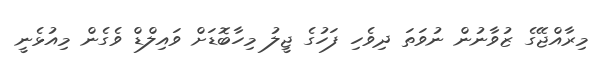
މިރާއްޖޭގެ ޒުވާނުން ނުވަތަ ދިވެހި ފަހުގެ ޖީލު މިހާބޮޑަށް ވައިލްޑް ވެގެން މިއުޅެނީ